Burma Government Medical School reports 1923-41
Year: 1923
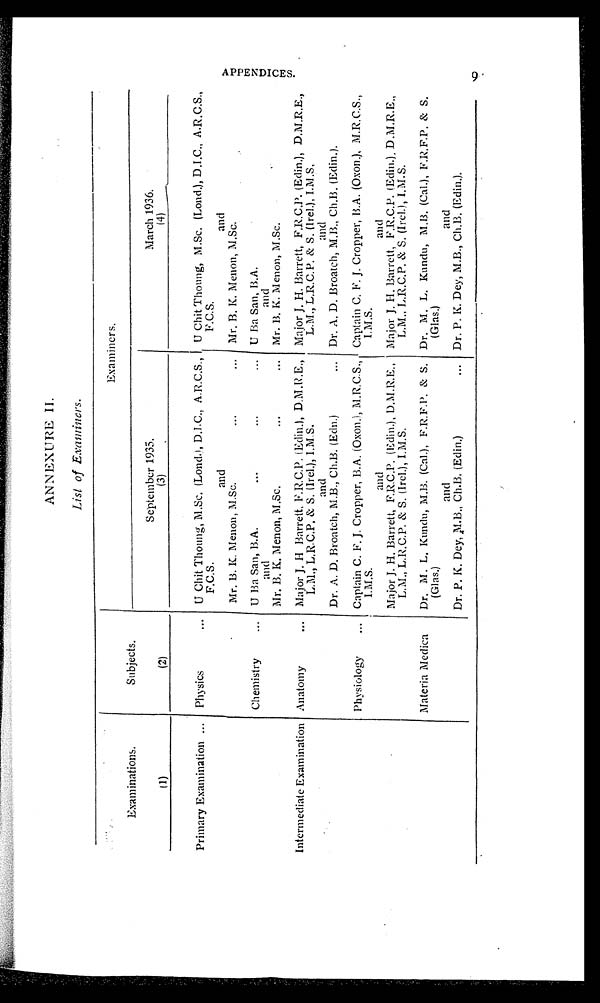
ANNEXURE II.
List of Examiners.
Examinations.
( 1 )
Subjects.
(2)
Examiners.
September 1935.
(3)
March 1936.
(4)
Primary Examination ...
Physics
... U Chit Thoung, M.Sc. (Lond.), D.I.C., A.R.C.S.,
F.C.S.
and
Mr. B. K. Menon, M.Sc.
...
...
U Chit Thoung, M.Sc. (Loud.), D.I.C., A.R.C.S.,
F.C.S.
and
Mr. B. K. Menon, M.Sc.
Chemistry
... U Ba San, B.A.
...
...
...
and
Mr. B. K. Menon, M.Sc.
...
...
U Ba San, B.A.
and
Mr. B. K. Menon, M.Sc.
Intermediate Examination Anatomy
...
Major J. H Barrett. F.R.C.P. (Edin.), D.M.R.E.,
L.M., L,R.C.P. & S. (Irel.), I.M.S.
and
Dr. A. D. Broatch, M.B., Ch.B. (Edn.)
...
Major J. H. Barrett, F.R.C.P. (Edin.), D.M.R.E.,
L.M., L.R.C.P. & S. (lrel.), I.M.S,
and
Dr. A. D. Broatch, M.B., Ch.B. (Edin.).
Physiology
... Captain C. F. J. Cropper, B.A. (Oxon.), M.R.C.S.,
I . M. S .
and
Major J. H. Barrett, F.R.C.P. (Edin.), D.M.R.E.,
L.M., L.R.C.P. & S. (Irel.), I.M.S.
Captain C. F. J. Cropper, B.A. (Oxon.), M.R.C.S.,
I.M.S.
and
Major J. H. Barrett, F.R.C.P. (Edin.) , D.M.R.E.,
L.M., L.R.C.P. & S. (Irel.), I.M.S.
Materia Medica
Dr. M. L. Kundu, M.B. (Cal.), F.R.E.P. & S.
(Glas.)
and
Dr. P. K. Dey, M.B., Ch.B. (Edin.)
...
Dr. M. L. Kundu, M.B. (Cal.), F.R.F.P. & S.
(Glas.)
and
Dr. P. K. Dey, M.B., Ch.B. (Edin.).
APPENDI CES.